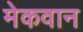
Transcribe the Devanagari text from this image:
मेकवान